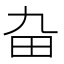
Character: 𤰚